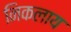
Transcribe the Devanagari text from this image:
निकलाय